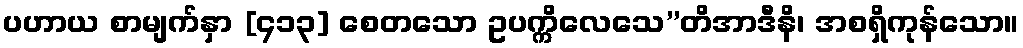
ပဟာယ စာမျက်နှာ [၄၁၃] စေတသော ဥပက္ကိလေသေ’’တိအာဒီနိ၊ အစရှိကုန်သော။